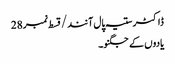
ڈاکٹر ستیہ پال آنند/ قسط نمبر28
یادوں کے جگنو۔